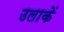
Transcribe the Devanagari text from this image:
उलाकें